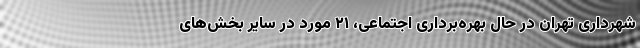
شهرداری تهران در حال بهره‌برداری اجتماعی، ۲۱ مورد در سایر بخش‌های